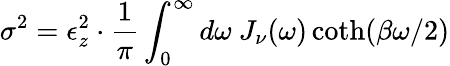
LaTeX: \sigma^{2}=\epsilon_{z}^{2}\cdot\frac{1}{\pi}\int_{0}^{\infty}d\omega~J_{\nu}(\omega)\coth(\beta\omega/2)